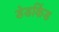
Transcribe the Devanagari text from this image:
डेडकिंड